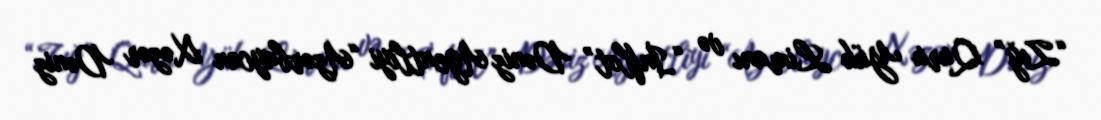
“Zığ” Quru Yük Limanı və “İnflot” Dəniz Agentliyi “Azərbaycan Xəzər Dəniz